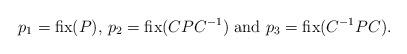
LaTeX: \begin{align*} p_1=\mbox{fix}(P),\, p_2=\mbox{fix}(CPC^{-1}) \mbox{ and } p_3=\mbox{fix}(C^{-1}PC).\end{align*}